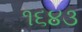
૧૬૪૩